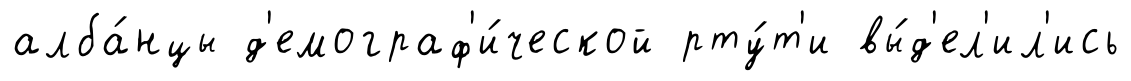
алба́нцы д'емограф'и́ческой рту́т'и вы́д'ел'ил'ись